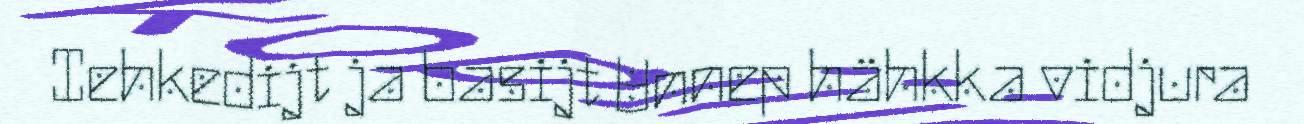
Iehkedijt ja basijt Unnep hähkka vidjura